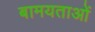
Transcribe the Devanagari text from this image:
बामयताओं